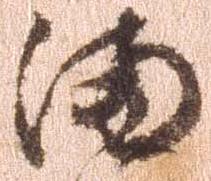
満